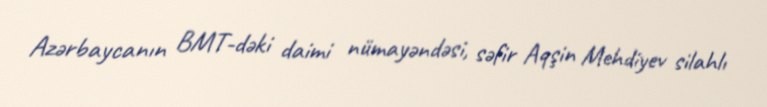
Azərbaycanın BMT-dəki daimi nümayəndəsi, səfir Aqşin Mehdiyev silahlı